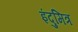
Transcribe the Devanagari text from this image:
इंदुमित्र